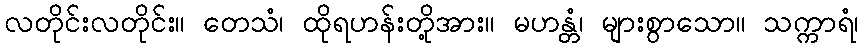
လတိုင်းလတိုင်း။ တေသံ၊ ထိုရဟန်းတို့အား။ မဟန္တံ၊ များစွာသော။ သက္ကာရံ၊